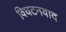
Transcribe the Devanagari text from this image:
विघटनवाद